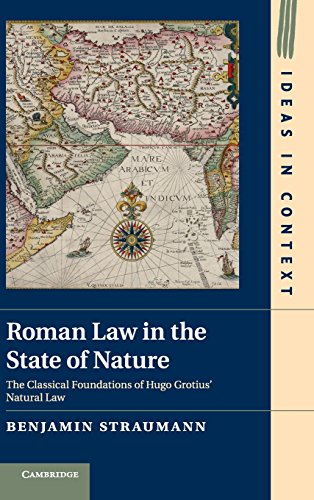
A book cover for Roman Law in the State of Nature: The Classical Foundations of Hugo Grotius' Natural Law (Ideas in Context); Benjamin Straumann; Law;